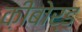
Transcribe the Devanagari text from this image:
क़ीबोर्ड